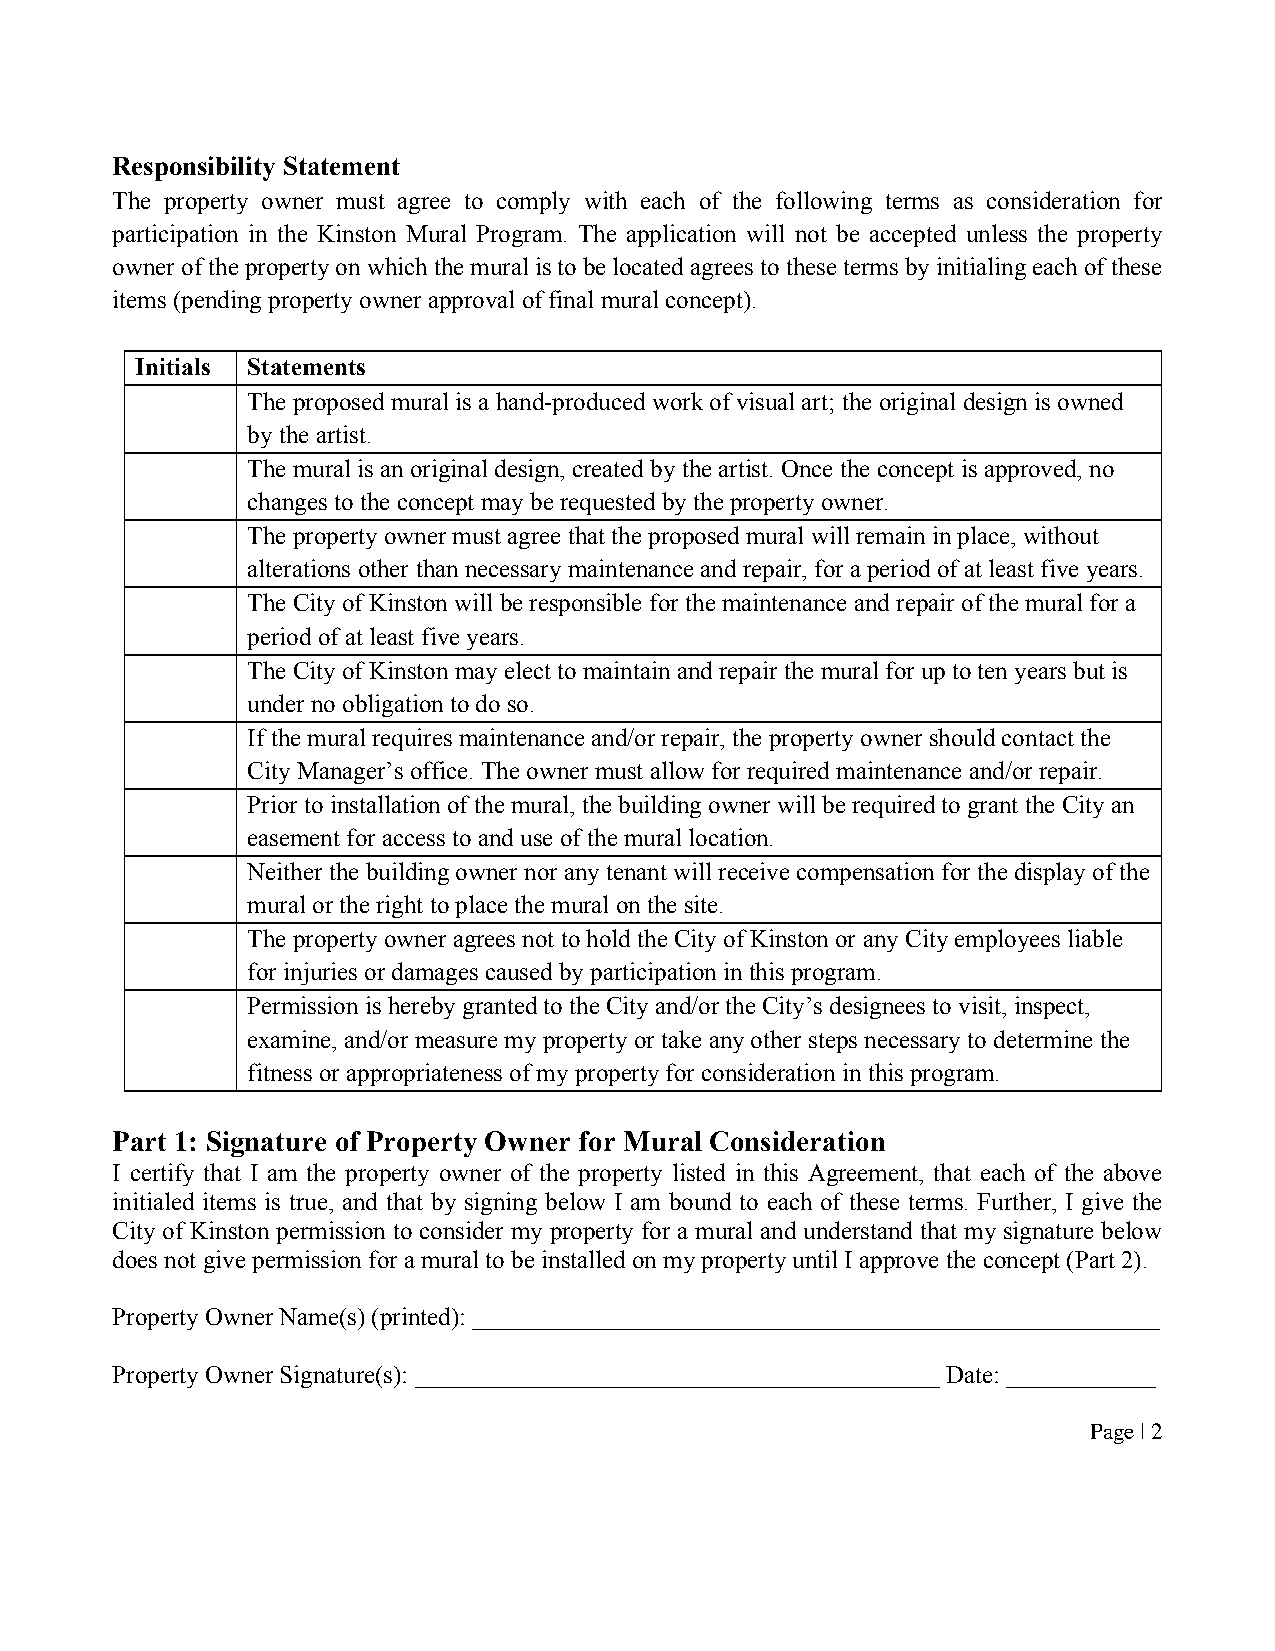
Responsibility Statement
 The property owner must agree to comply with each of the following terms as consideration for
 participation in the Kinston Mural Program. The application will not be accepted unless the property
 owner of the property on which the mural is to be located agrees to these terms by initialing each of these
 items (pending property owner approval of final mural concept).
 Initials Statements
 The proposed mural is a hand-produced work of visual art; the original design is owned
 by the artist.
 The mural is an original design, created by the artist. Once the concept is approved, no
 changes to the concept may be requested by the property owner.
 The property owner must agree that the proposed mural will remain in place, without
 alterations other than necessary maintenance and repair, for a period of at least five years.
 The City of Kinston will be responsible for the maintenance and repair of the mural for a
 period of at least five years.
 The City of Kinston may elect to maintain and repair the mural for up to ten years but is
 under no obligation to do so.
 If the mural requires maintenance and/or repair, the property owner should contact the
 City Manager’s office. The owner must allow for required maintenance and/or repair.
 Prior to installation of the mural, the building owner will be required to grant the City an
 easement for access to and use of the mural location.
 Neither the building owner nor any tenant will receive compensation for the display of the
 mural or the right to place the mural on the site.
 The property owner agrees not to hold the City of Kinston or any City employees liable
 for injuries or damages caused by participation in this program.
 Permission is hereby granted to the City and/or the City’s designees to visit, inspect,
 examine, and/or measure my property or take any other steps necessary to determine the
 fitness or appropriateness of my property for consideration in this program.
 Part 1: Signature of Property Owner for Mural Consideration
 I certify that I am the property owner of the property listed in this Agreement, that each of the above
 initialed items is true, and that by signing below I am bound to each of these terms. Further, I give the
 City of Kinston permission to consider my property for a mural and understand that my signature below
 does not give permission for a mural to be installed on my property until I approve the concept (Part 2).
 Property Owner Name(s) (printed): _______________________________________________________
 Property Owner Signature(s): __________________________________________ Date: ____________
 Page | 2